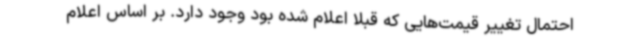
احتمال تغییر قیمت‌هایی که قبلاً اعلام شده بود وجود دارد. بر اساس اعلام